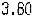
3.80